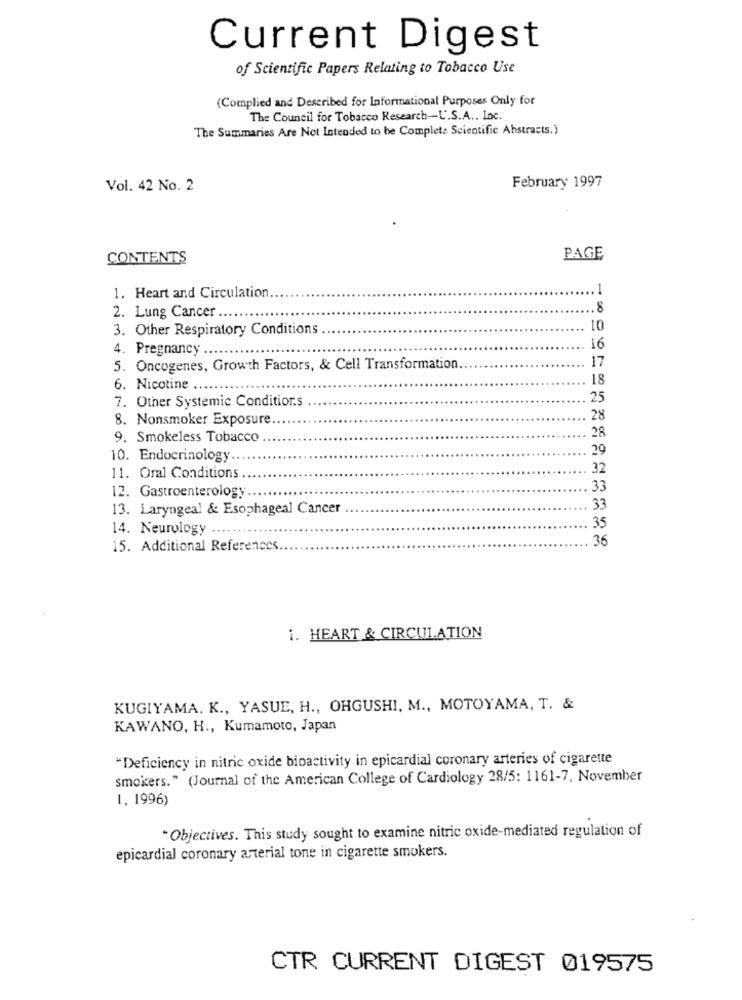
Current Digest
of Scientific Papers Relating to Tobacco Use
(Complied and Described for Informational Purposes Only for
The Council for Tobacco Research-U.S.A .. Inc.
The Summaries Are Not Intended to be Complete Scientific Abstracts.)
February 1997
Vol. 42 No. 2
CONTENTS
PAGE
1. Heart and Circulation
2. Lung Cancer.
.. 8
3. Other Respiratory Conditions
10
4. Pregnancy
16
17
5. Oncogenes, Growth Factors, & Cell Transformation.
18
6. Nicotine .
25
7. Other Systemic Condition.s
8. Nonsmoker Exposure
28
28
9. Smokeless Tobacco
29
10. Endocrinology.
32
11. Oral Conditions
33
12. Gastroenterology ...
13. Laryngeal & Esophageal Cancer
33
14. Neurology
35
36
15. Additional References.
i. HEART & CIRCULATION
KUGIYAMA. K ., YASUE, H ., OHGUSHI, M ., MOTOYAMA, T. &
KAWANO, H ., Kumamoto, Japan
"Deficiency in nitric oxide bioactivity in epicardial coronary arteries of cigarette
smokers." (Journal of the American College of Cardiology 28/5: 1161-7, November
1,1996)
Objectives. This study sought to examine nitric oxide-mediated regulation of
epicardial coronary arterial tone in cigarette smokers.
CTR CURRENT DIGEST 019575